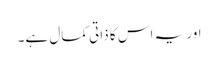
اور یہ اس کا ذاتی کمال ہے۔